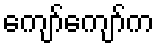
ကျော်ကျော်က